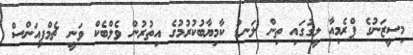
މިސީޒަނުގެ ޕްރެމިއާ ލީގުގައި ތިން ލަނޑު ކާމިޔާބުކުރުމުގެ އިތުރުން ވެލްބެކް ވަނީ ޗެމްޕިއަންސް